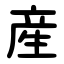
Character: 産